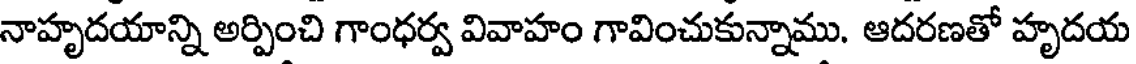
నాహృదయాన్ని అర్పించి గాంధర్వ వివాహం గావించుకున్నాము. ఆదరణతో హృదయ